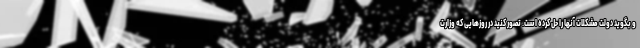
و بگوید دولت مشکلات آنها را حل کرده است. تصور کنید در روزهایی که وزارت